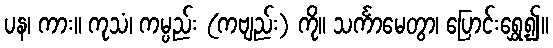
ပန၊ ကား။ ကုသံ၊ ကမ္ပည်း (ကဗျည်း) ကို။ သင်္ကာမေတွာ၊ ပြောင်းရွှေ့၍။